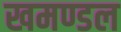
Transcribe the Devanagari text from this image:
खमण्डल